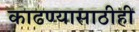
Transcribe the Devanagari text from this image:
काढण्यासाठीही